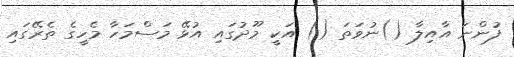
ފުންނަ އާއިލާ ()ނުވަތަ () އަކީ މޫދުގައި އުޅޭ މަސްމަހާ މެހީގެ ތެރޭގައި